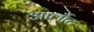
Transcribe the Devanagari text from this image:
आर्लौट